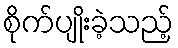
စိုက်ပျိုးခဲ့သည့်